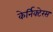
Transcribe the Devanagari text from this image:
केर्निक्टेरस